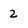
Character: 2